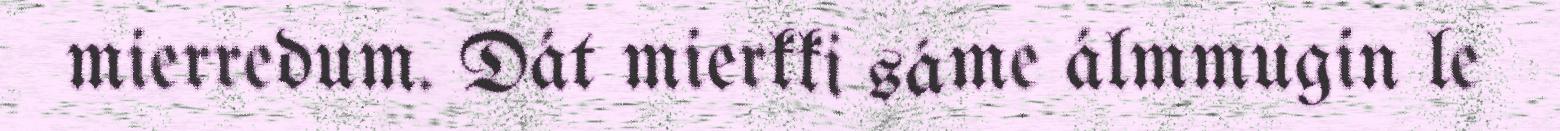
mierredum. Dát mierkki sáme álmmugin le